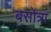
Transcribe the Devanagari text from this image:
बसोत्रा